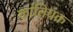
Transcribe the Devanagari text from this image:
कांतिचक्र